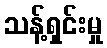
သန့်ရှင်းမှု